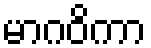
မာဂဝိကာ